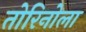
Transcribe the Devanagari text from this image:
तोरिनोला